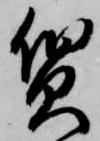
質